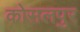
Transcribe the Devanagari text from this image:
कोसलपुर